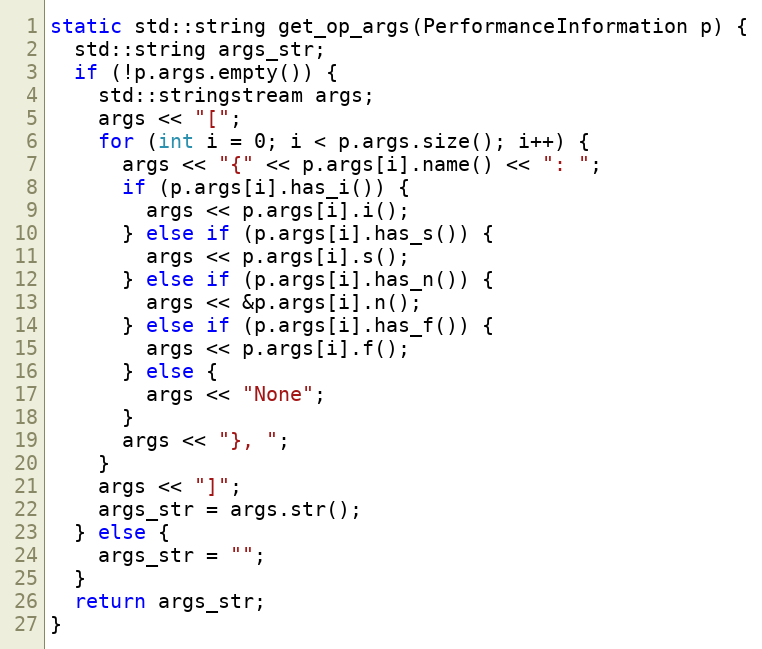
Language: C++
static std::string get_op_args(PerformanceInformation p) {
  std::string args_str;
  if (!p.args.empty()) {
    std::stringstream args;
    args << "[";
    for (int i = 0; i < p.args.size(); i++) {
      args << "{" << p.args[i].name() << ": ";
      if (p.args[i].has_i()) {
        args << p.args[i].i();
      } else if (p.args[i].has_s()) {
        args << p.args[i].s();
      } else if (p.args[i].has_n()) {
        args << &p.args[i].n();
      } else if (p.args[i].has_f()) {
        args << p.args[i].f();
      } else {
        args << "None";
      }
      args << "}, ";
    }
    args << "]";
    args_str = args.str();
  } else {
    args_str = "";
  }
  return args_str;
}